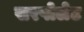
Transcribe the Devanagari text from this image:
सरपोलेट